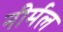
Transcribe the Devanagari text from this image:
नीर्मल